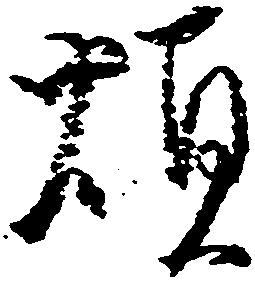
煩